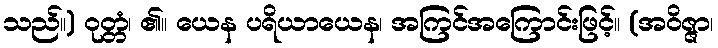
သည်။) ဝုတ္တံ၊ ၏။ ယေန ပရိယာယေန၊ အကြင်အကြောင်းဖြင့်။ (အဝိဇ္ဇာ၊